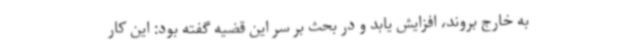
به خارج بروند، افزایش یابد و در بحث بر سر این قضیه گفته بود: این کار